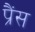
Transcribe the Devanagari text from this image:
प्रैंस